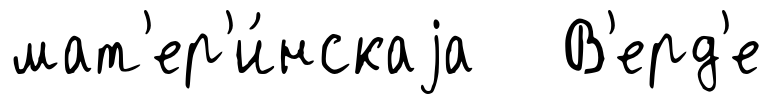
мат'ер'и́нскаjа В'ерд'е